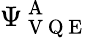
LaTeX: \Psi_{\mathrm{~V~Q~E~}}^{\mathrm{~A~}}